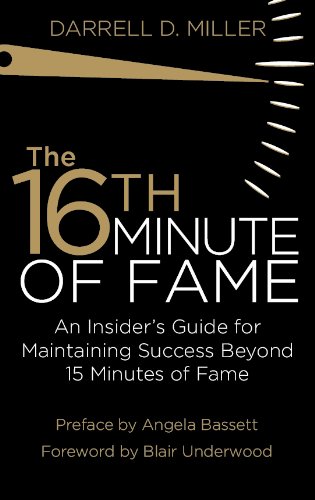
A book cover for The 16th Minute of Fame: An Insider's Guide for Maintaining Success Beyond 15 Minutes of Fame; Darrell Miller; Business & Money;